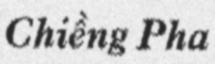
Chiềng Pha